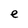
Character: e